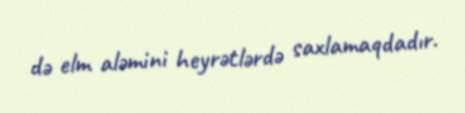
də elm aləmini heyrətlərdə saxlamaqdadır.